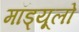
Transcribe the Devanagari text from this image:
मॉड्यूलो